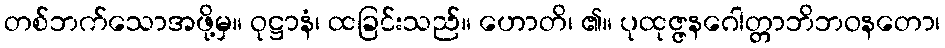
တစ်ဘက်သောအဖို့မှ။ ဝုဋ္ဌာနံ၊ ထခြင်းသည်။ ဟောတိ၊ ၏။ ပုထုဇ္ဇနဂေါတ္တာဘိဘဝနတော၊